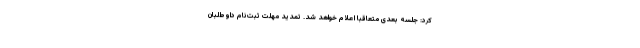
کرد: جلسه بعدی متعاقبا اعلام خواهد شد. تمدید مهلت ثبت‌نام داوطلبان